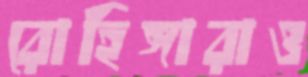
রোহিঙ্গারাও